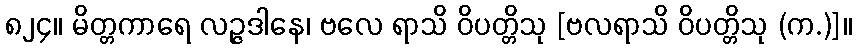
၈၂၄။ မိတ္တကာရေ လဉ္ဇဒါနေ၊ ဗလေ ရာသိ ဝိပတ္တိသု [ဗလရာသိ ဝိပတ္တိသု (က.)]။